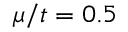
\mu / t = 0 . 5